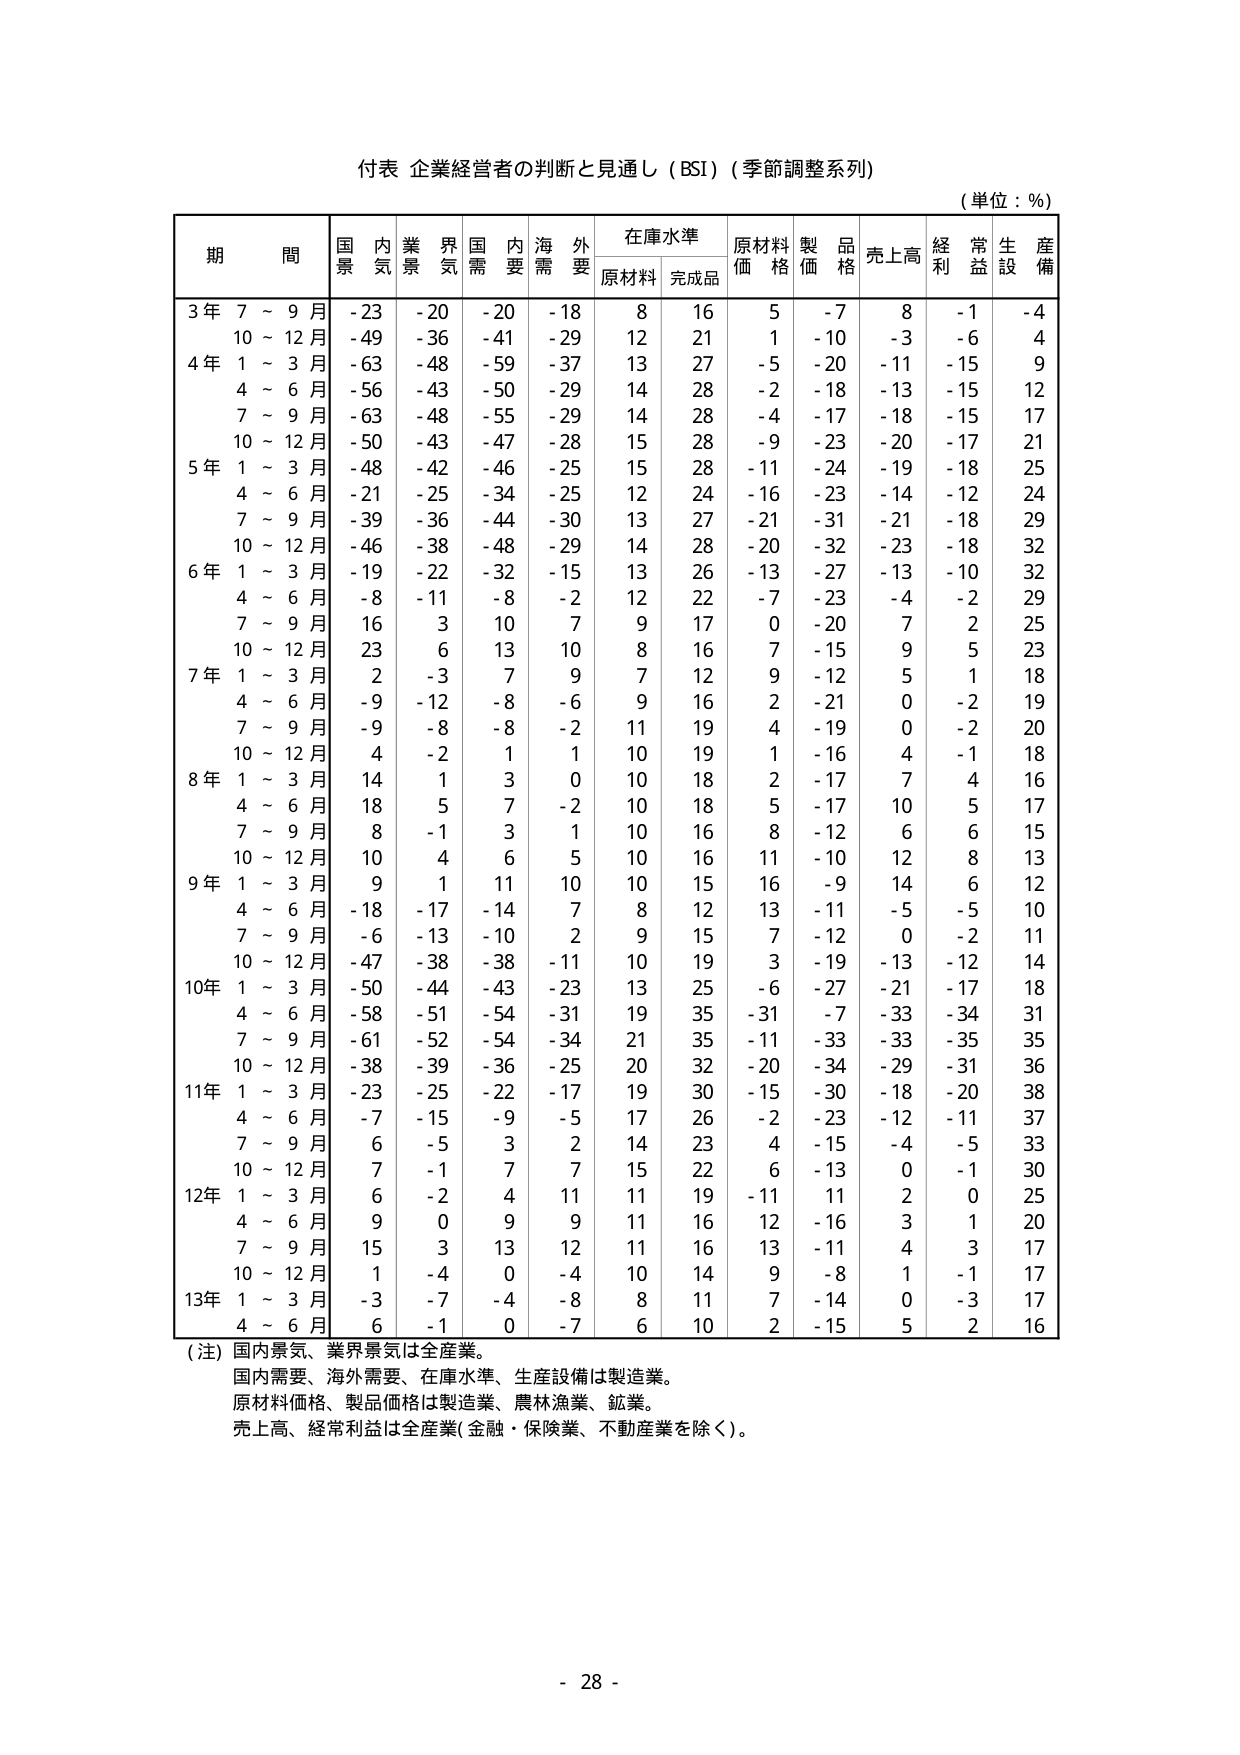
付表 企業経営者の判断と見通し（BSI）（季節調整系列）
（単位：％）

期 間 国内景気 業界景気 国内需要 海外需要 在庫水準 原材料価格 製品価格 売上高 経常利益 生産設備
　　　　原材料 完成品

3年 7～9月 -23 -20 -20 -18 8 16 5 -7 8 -1 -4
　　 10～12月 -49 -36 -41 -29 12 21 1 -10 -3 -6 4
4年 1～3月 -63 -48 -59 -37 13 27 -5 -20 -11 -15 9
　　 4～6月 -56 -43 -50 -29 14 28 -2 -18 -13 -15 12
　　 7～9月 -63 -48 -55 -29 14 28 -4 -17 -18 -15 17
　　 10～12月 -50 -43 -47 -28 15 28 -9 -23 -20 -17 21
5年 1～3月 -48 -42 -46 -25 15 28 -11 -24 -19 -18 25
　　 4～6月 -21 -25 -34 -25 12 24 -16 -23 -14 -12 24
　　 7～9月 -39 -36 -44 -30 13 27 -21 -31 -21 -18 29
　　 10～12月 -46 -38 -48 -29 14 28 -20 -32 -23 -18 32
6年 1～3月 -19 -22 -32 -15 13 26 -13 -27 -13 -10 32
　　 4～6月 -8 -11 -8 -2 12 22 -7 -23 -4 -2 29
　　 7～9月 16 3 10 7 9 17 0 -20 7 2 25
　　 10～12月 23 6 13 10 8 16 7 -15 9 5 23
7年 1～3月 2 -3 7 9 7 12 9 -12 5 1 18
　　 4～6月 -9 -12 -8 -6 9 16 2 -21 0 -2 19
　　 7～9月 -9 -8 -8 -2 11 19 4 -19 0 -2 20
　　 10～12月 4 -2 1 1 10 19 1 -16 4 -1 18
8年 1～3月 14 1 3 0 10 18 2 -17 7 4 16
　　 4～6月 18 5 7 -2 10 18 5 -17 10 5 17
　　 7～9月 8 -1 3 1 10 16 8 -12 6 6 15
　　 10～12月 10 4 6 5 10 16 11 -10 12 8 13
9年 1～3月 9 1 11 10 10 15 16 -9 14 6 12
　　 4～6月 -18 -17 -14 7 8 12 13 -11 -5 -5 10
　　 7～9月 -6 -13 -10 2 9 15 7 -12 0 -2 11
　　 10～12月 -47 -38 -38 -11 10 19 3 -19 -13 -12 14
10年 1～3月 -50 -44 -43 -23 13 25 -6 -27 -21 -17 18
　　 4～6月 -58 -51 -54 -31 19 35 -31 -7 -33 -34 31
　　 7～9月 -61 -52 -54 -34 21 35 -11 -33 -33 -35 35
　　 10～12月 -38 -39 -36 -25 20 32 -20 -34 -29 -31 36
11年 1～3月 -23 -25 -22 -17 19 30 -15 -30 -18 -20 38
　　 4～6月 -7 -15 -9 -5 17 26 -2 -23 -12 -11 37
　　 7～9月 6 -5 3 2 14 23 4 -15 -4 -5 33
　　 10～12月 7 -1 7 7 15 22 6 -13 0 -1 30
12年 1～3月 6 -2 4 11 11 19 -11 11 2 0 25
　　 4～6月 9 0 9 9 11 16 12 -16 3 1 20
　　 7～9月 15 3 13 12 11 16 13 -11 4 3 17
　　 10～12月 1 -4 0 -4 10 14 9 -8 1 -1 17
13年 1～3月 -3 -7 -4 -8 8 11 7 -14 0 -3 17
　　 4～6月 6 -1 0 -7 6 10 2 -15 5 2 16

（注）国内景気、業界景気は全産業。
　　　国内需要、海外需要、在庫水準、生産設備は製造業。
　　　原材料価格、製品価格は製造業、農林漁業、鉱業。
　　　売上高、経常利益は全産業（金融・保険業、不動産業を除く）。

- 28 -